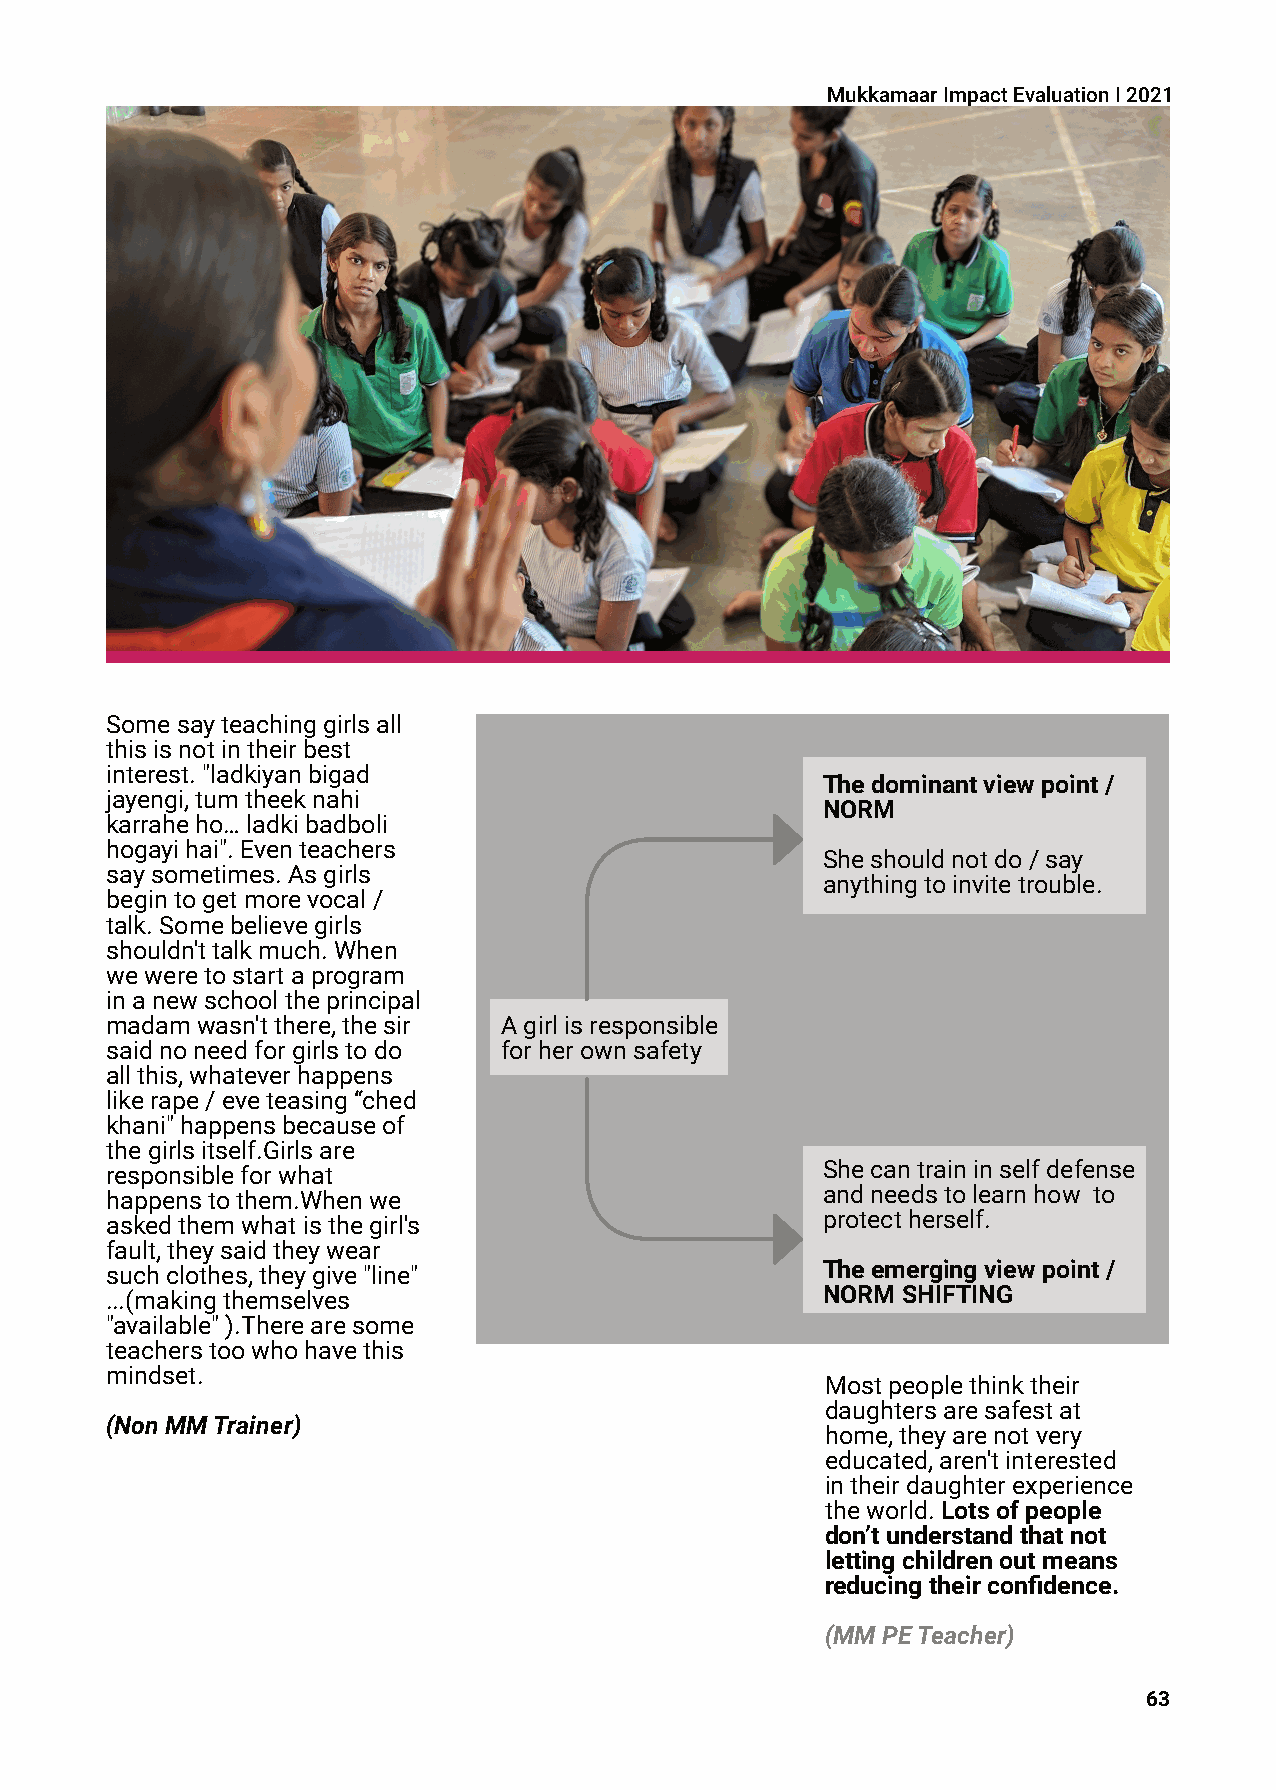
MukkamaarImpactEvaluationI2021
 Somesayteachinggirlsall
 thisisnotintheirbest
 interest."ladkiyanbigad
 Thedominantviewpoint/
 jayengi,tumtheeknahi
 NORM
 karraheho…ladkibadboli
 hogayihai".Eventeachers
 Sheshouldnotdo/say
 saysometimes.Asgirls
 anythingtoinvitetrouble.
 begintogetmorevocal/
 talk.Somebelievegirls
 shouldn'ttalkmuch.When
 weweretostartaprogram
 inanewschooltheprincipal
 madamwasn'tthere,thesir   Agirlisresponsible
 saidnoneedforgirlstodo    forherownsafety
 allthis,whateverhappens
 likerape/eveteasing“ched
 khani"happensbecauseof
 thegirlsitself.Girlsare
 responsibleforwhat                             Shecantraininselfdefense
 happenstothem.Whenwe                           andneedstolearnhow to
 askedthemwhatisthegirl's                       protectherself.
 fault,theysaidtheywear
 suchclothes,theygive"line"                     Theemergingviewpoint/
 ...(makingthemselves                           NORMSHIFTING
 "available").Therearesome
 teacherstoowhohavethis
 mindset.
 Mostpeoplethinktheir
 daughtersaresafestat
 (NonMMTrainer)
 home,theyarenotvery
 educated,aren'tinterested
 intheirdaughterexperience
 theworld.Lotsofpeople
 don’tunderstandthatnot
 lettingchildrenoutmeans
 reducingtheirconfidence.
 (MMPETeacher)
 63